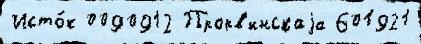
Исто́к 0090912 Прорв'инскаjа 601921